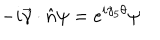
LaTeX: - i \vec { \gamma } \cdot \hat { n } \psi = e ^ { i \gamma _ { 5 } \theta } \psi